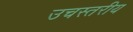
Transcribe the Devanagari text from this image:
उचस्तरीय